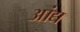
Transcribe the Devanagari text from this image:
आंद्य